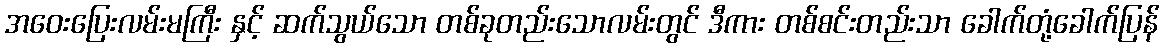
အဝေးပြေးလမ်းမကြီး နှင့် ဆက်သွယ်သော တစ်ခုတည်းသောလမ်းတွင် ဒီကား တစ်စင်းတည်းသာ ခေါက်တုံ့ခေါက်ပြန်